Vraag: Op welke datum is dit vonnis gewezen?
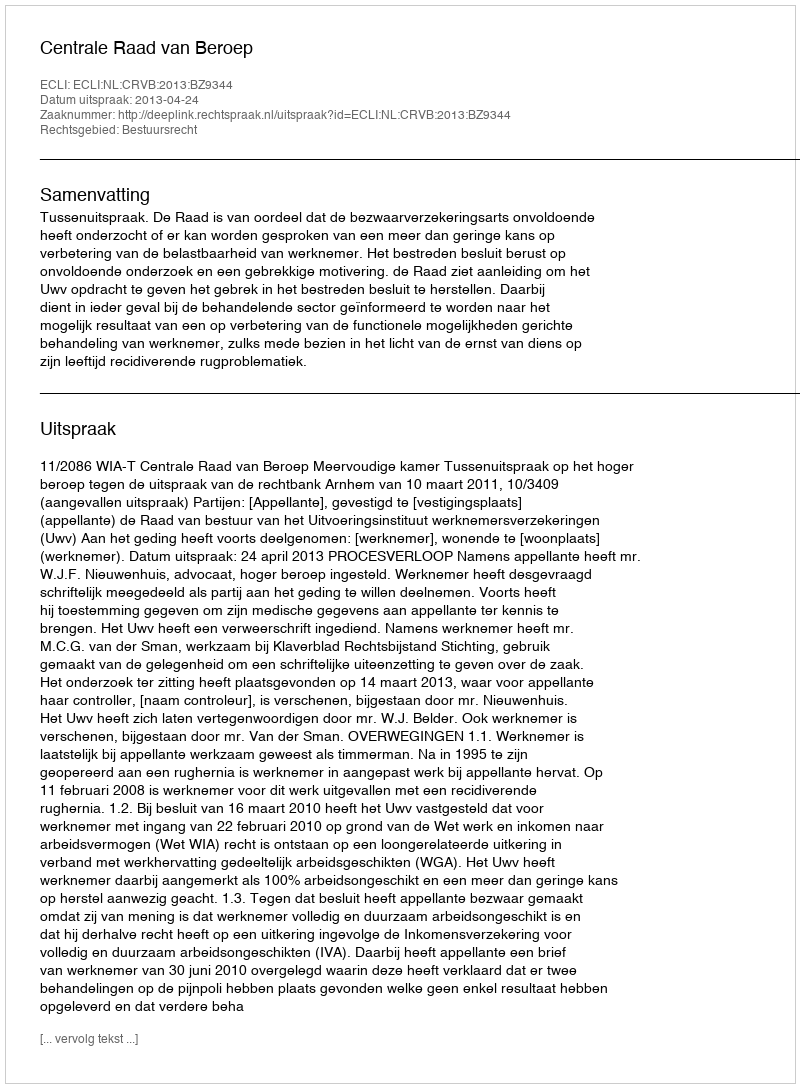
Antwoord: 2013-04-24